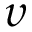
\upsilon